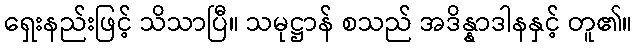
ရှေးနည်းဖြင့် သိသာပြီ။ သမုဋ္ဌာန် စသည် အဒိန္နာဒါနနှင့် တူ၏။